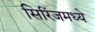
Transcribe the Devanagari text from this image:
सिरिंजमध्ये